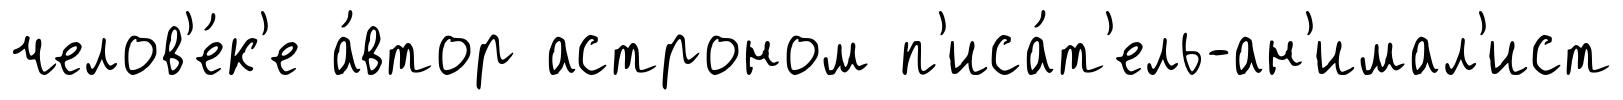
челов'е́к'е а́втор астроном п'иса́т'ель-ан'имал'ист